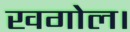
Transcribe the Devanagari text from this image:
खगोल।